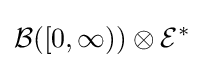
{\mathcal {B}}([0,\infty ))\otimes {\mathcal {E}}^{*}